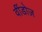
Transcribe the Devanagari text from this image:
वींडोज़